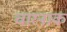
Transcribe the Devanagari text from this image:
चारनाक